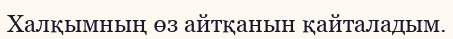
Халқымның өз айтқанын қайталадым.